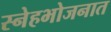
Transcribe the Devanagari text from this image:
स्नेहभोजनात